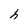
Character: h